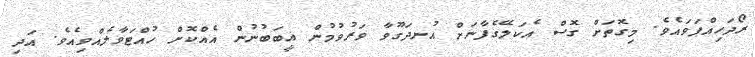
ރޯދަހިއްޕަވައެވެ. މިގޮތަށް ގޮސް އެކަލޭގެފާނަށް އުނދަގޫވާ ވަރުވުމުން ޣީބަބުނުން އެއްކޮށް ހުއްޓަވާލެއްވިއެވެ. އަދި